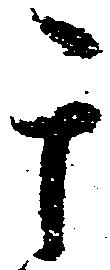
其